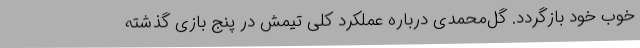
خوب خود بازگردد. گل‌محمدی درباره عملکرد کلی تیمش در پنج بازی گذشته